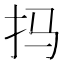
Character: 𫼗